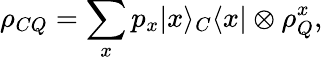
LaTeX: \rho_{CQ}=\sum_{x}p_{x}|x\rangle_{C}\langle x|\otimes\rho_{Q}^{x},